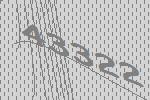
43322